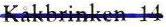
Kåkbrinken 14